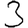
Digit: 3